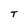
Character: T